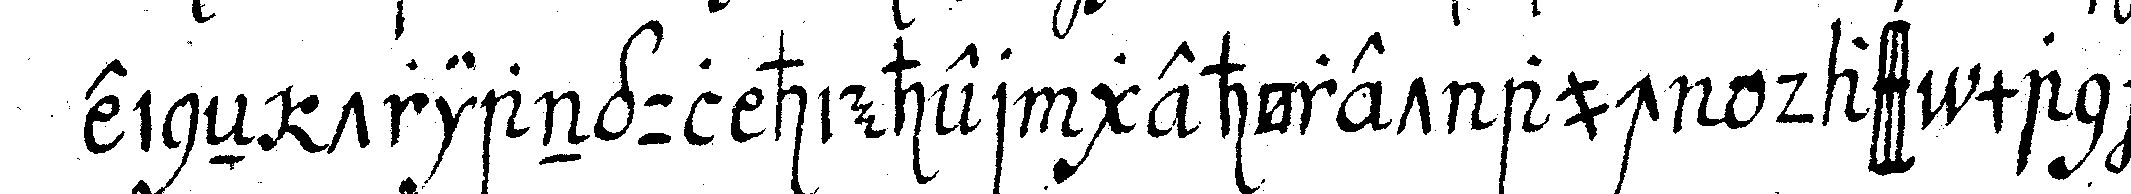
eineN triangul hieher gehöret auch dass man